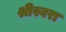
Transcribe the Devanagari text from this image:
श्रीस्वरा